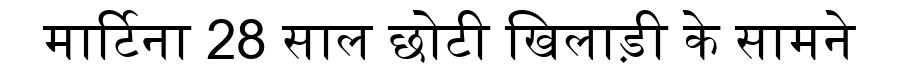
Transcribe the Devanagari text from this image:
मार्टिना 28 साल छोटी खिलाड़ी के सामने